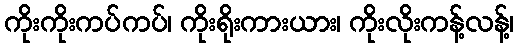
ကိုးကိုးကပ်ကပ်၊ ကိုးရိုးကားယား၊ ကိုးလိုးကန့်လန့်၊